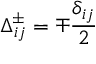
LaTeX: \Delta _ { i j } ^ { \pm } = \mp \frac { \delta _ { i j } } { 2 }